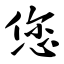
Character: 您